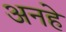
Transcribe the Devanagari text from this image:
अनहे